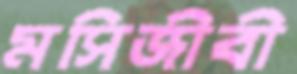
মসিজীবী